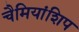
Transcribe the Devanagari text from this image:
चैमियांशिप